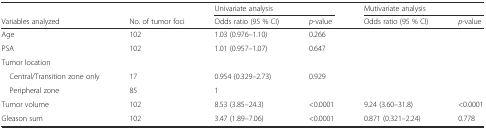
<table><thead><tr><td></td><td></td><td colspan="2"><b>Univariate analysis</b></td><td colspan="2"><b>Mutivariate analysis</b></td></tr><tr><td><b>Variables analyzed</b></td><td><b>No. of tumor foci</b></td><td><b>Odds ratio (95 % CI)</b></td><td><b><i>p</i>-value</b></td><td><b>Odds ratio (95 % CI)</b></td><td><b><i>p</i>-value</b></td></tr></thead><tbody><tr><td>Age</td><td>102</td><td>1.03 (0.976–1.10)</td><td>0.266</td><td></td><td></td></tr><tr><td>PSA</td><td>102</td><td>1.01 (0.957–1.07)</td><td>0.647</td><td></td><td></td></tr><tr><td>Tumor location</td><td></td><td></td><td></td><td></td><td></td></tr><tr><td> Central/Transition zone only</td><td>17</td><td>0.954 (0.329–2.73)</td><td>0.929</td><td></td><td></td></tr><tr><td> Peripheral zone</td><td>85</td><td>1</td><td></td><td></td><td></td></tr><tr><td>Tumor volume</td><td>102</td><td>8.53 (3.85–24.3)</td><td>&lt;0.0001</td><td>9.24 (3.60–31.8)</td><td>&lt;0.0001</td></tr><tr><td>Gleason sum</td><td>102</td><td>3.47 (1.89–7.06)</td><td>&lt;0.0001</td><td>0.871 (0.321–2.24)</td><td>0.778</td></tr></tbody></table>